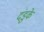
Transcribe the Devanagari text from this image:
दंडुके